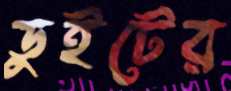
ডুইটের